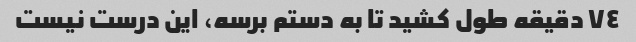
٧٤ دقیقه طول کشید تا به دستم برسه، این درست نیست